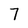
Character: 7